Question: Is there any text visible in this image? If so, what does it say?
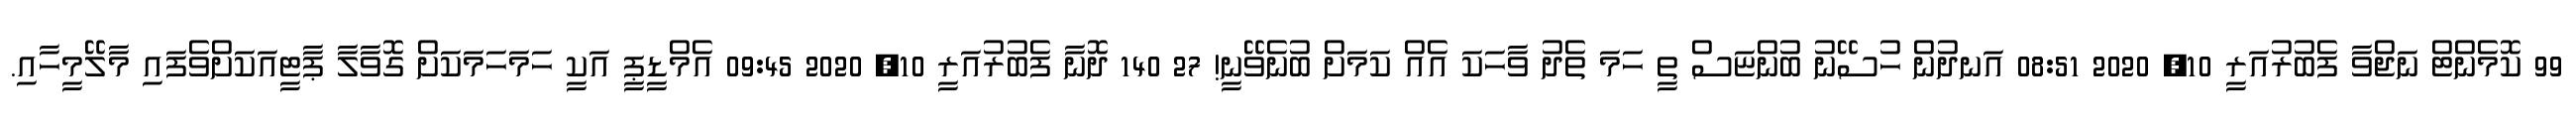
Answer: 99 ކޮމެންޓް ނަޖްވާ ފެބުރުއަރީ 10, 2020 08:51 އަނދުން ހުސޭނު ބުންޏަސް ތީ ހަމަ ތެދު ވާހަކަ އެއް ކަމަށް ބުނެވޭނީ! 27 140 ދޮނާ ފެބުރުއަރީ 10, 2020 09:45 އެމްޑީޕީ އަކީ ހަމަހަމަކަށް ގޮވާލާ ޕާޓީއަކަށްވެފައި މާލޭމީހާއި.